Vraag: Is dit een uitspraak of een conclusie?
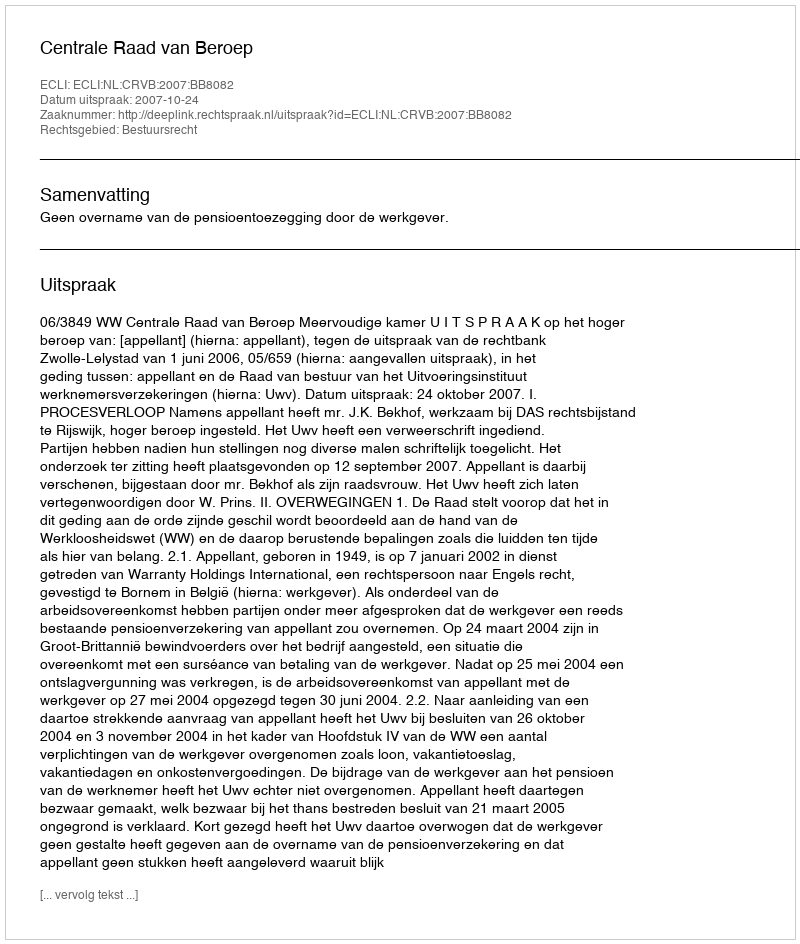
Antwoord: Uitspraak